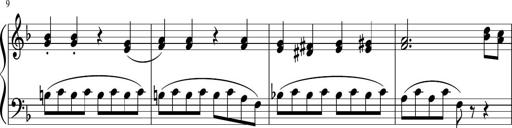
Title: 3 Sonatinen
Composer: Heinrich Lichner